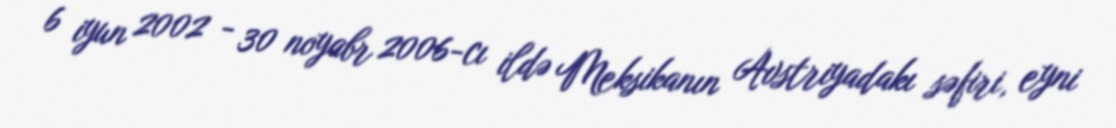
6 iyun 2002 - 30 noyabr 2006-cı ildə Meksikanın Avstriyadakı səfiri, eyni